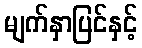
မျက်နှာပြင်နှင့်